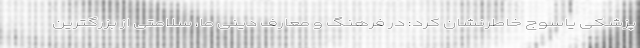
پزشکی یاسوج خاطرنشان کرد: در فرهنگ و معارف دینی ما، سلامتی از بزرگترین